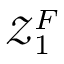
\mathcal { Z } _ { 1 } ^ { F }